King Institute of Preventive Medicine Micro-Biological Section reports 1909-11
Year: 1909
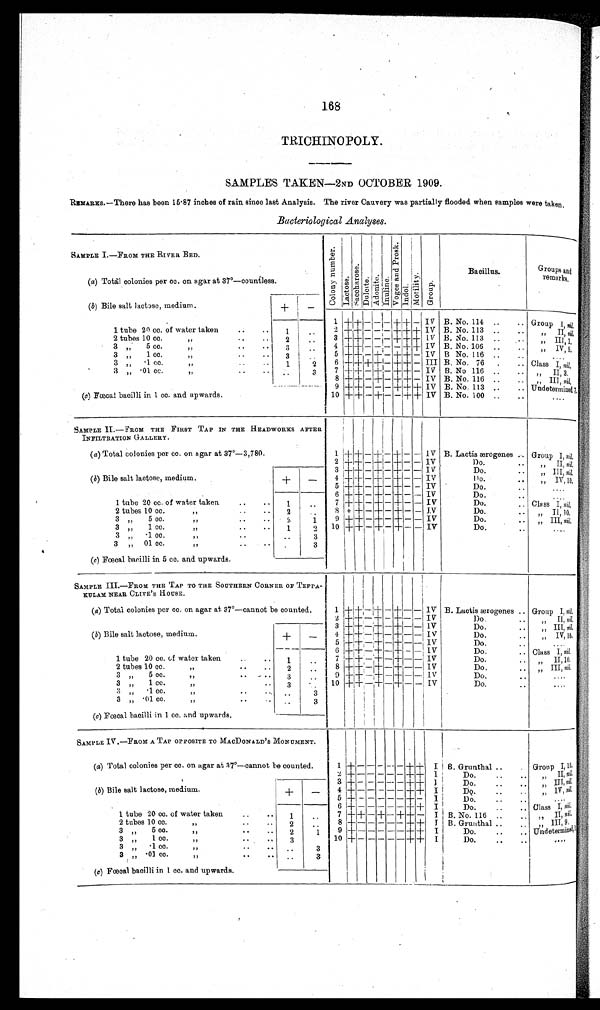
168
TRICHINOPOLY.
SAMPLES TAKEN—2ND OCTOBER 1909.
REMARKS.—There has been 15.87 inches of rain since last Analysis. The river Cauvery was partially flooded when samples were taken.
Bacteriological Analyses.
SAMPLE I.—FROM THE RIVER BED.
C o l o n y n u m b e r .
L a c t o s e .
S a c c h a r o s e .
D u l c i t e . A d o n i t e . I n u l i n e .
V o g e s a n d P r o s k .
I ndol .
M o t i l i t y .
Gr oup.
Bacillus.
Groups and
remarks.
(a) Total colonies per cc. on agar at 37°—countless.
(b) Bile salt lactose, medium.
+
-
1 +
+ - - - + + - IV B. No. 114 ..
.. Group I, n i l .
1 tube 20 cc. of water taken
..
.. 1
..
B. No. 113 ..
. .
2 + + - - - + + + IV
,, II,n i l .
2 tubes 10 cc.
..
.. 2
.,
3 + + - - - + + + IV B. No. 113 ..
„ I I I 1
3 ,, 5 cc.
,,
..
.. 3
..
4 +
+ - - - - + + IV B. No. 106 ..
..
, ,
I V , 9
5 + + - + - + + - IV B No. 116 ..
..
3 ,, 1. cc.
..
.. 3
. .
. . . .
B. No. 76 .
..
6 + + + + - + + - III
3 ,, .1 cc.
,,
. . 1
2
Class I, nil.
3 „ .01 cc.
, ,
..
3
7 + + - + - + + - IV B. No 116 ..
.. ,, I I , 3 .
8 + + - + - + + - IV B. No. 116 ..
.. ,, III, nil.
B. No. 113 ..
..
9 + + - - - + + + IV
(c) Fœcal bacilli in 1 cc. and upwards.
Undetermined 1.
10 +
+ - +
-
- +
+ IV B. No. 100 . .
. .
. . . .
SAMPLE II.—FROM THE FIRST TAP IN THE HEADWOEKS AFTER
INFILTRATION GALLERY.
1
+ +
-
+
- +
-
- IV B. Lactis ærogenes .. Group I, nil.
(a) Total colonies per cc. on agar at 37°—3,780.
Do.
..
2 + + - + - + - - IV
„ II, nil.
(b) Bile salt lactose, medium.
+ -
3 + + - + - + - - IV
Do.
.. „ III, nil.
4 + + - + - + - - IV
Do.
. .
, ,
I V , 1 0 .
5 + + - + - + - - IV
Do.
. .
. . . .
6 + + - + - + - - IV
Do.
. .
1 tube 20 cc. of water taken
..
.. 1
..
. . . .
7 + + - + - + - - IV
Do.
. .
Class I, nil.
8 + + - + - + - - IV
Do.
..
2 tubes 10 cc.
.. 2
,, II, 10.
9 + + - + - + - - I V
Do.
..
3 „ 5 cc.
,,
. . . . 5.
1
,, III, nil.
Do.
. .
3 „ 1 cc.
,,
. . 1
2 10
+ + -
+
- + -
- IV
. . . .
3 „ .1 cc.
,,
. .
3
3 „ 01 cc.
,,
..
.. . .
3
(c) Fœcal bacilli in 5 cc. and upwards.
SAMPLE III.—FROM THE TAP TO THE SOUTHERN CORNER OF TEPPA
KULAM NEAR CLIVE'S HOUSE .
1
+
+
-
+ - +
-
-
IV B. Lactis ærogenes .. Group I, nil.
(a) Total colonies per cc. on agar at 37°—cannot be counted.
2 + + - + - + - - IV
Do.
. .
, ,
I I
, n i l .
3 ++ - + - + - - IV
Do.
..
, ,
I I I ,
n i l .
(b) Bile salt lactose, medium.
+
- 4 + + - + - + - - IV
Do.
..
, ,
I V , 1 0 .
5 ++ - + - + - - IV
Do.
. .
. . . .
6 + + - + - + - -, IV
Do.
.. Class I, nil.
1 tube 20 cc. of water taken
. . 1
..
7 + + - + - + - - IV
Do.
.. ,, II,10.
8 + + - + - + - - IV
2 tubes 10 cc.
,,
. . 2
..
Do.
.. ,, III, nil.
9 + + - + - + - - IV
3 „ 5 cc.
,,
..
. . 3
..
Do.
. . .
....
10
+
+ -
+
- + -
- IV
Do.
. .
. . . .
3 ,, 1 cc.
, ,
. . 3
. .
3 „ .1 cc.
,,
..
. . 3
3 „ .01 cc.
,,
..
.. ..
3
(c) Fœcal bacilli in 1 cc. and upwards.
SAMPLE IV.—FROM A TAP OPPOSITE TO MACDONALD'S MONUMENT.
1 + - - - - -
+
+
I B. Grunthal
.. Group I,10.
(a) Total colonies per cc. on agar at 37°—cannot be counted.
2 + - - - - - + + I
Do.
. .
. . „ II, nil.
3 + - - - - - + + I
, ,
I I I ,
n i l
.
(b) Bile salt lactose, medium.
+ -
Do.
..
. . .
4 + - - - - - + + I
Do.
..
..
IV, ni l ,
5 + - - - - - + - I
. . . .
Do.
..
..
6 + - - - - - + + I
Do.
..
. , Class I, nil.
1 tube 20 cc. of water taken
..
.. 1
. . 7 + + - + - + + - I B. No. 116 .
„ II, nil.
8 + - - - - - + + I B. Grunthal
. .
2 tubes 10 cc.
,,
.. 2
..
,, III,9.
9 + - - - - - + + I
Do.
..
..
3 „ 5 cc.
,,
. .
. .
2
1
Undetermined, 1.
10 + - - - - -
+
+ I
Do.
..
..
....
3 ,, 1 cc.
,,
.. 3
3 ,, .1 cc.
,,
..
. . ..
3
3 „ .01 cc.
,,
.. . .
3
(c) Fœcal bacilli in 1 cc. and upwards.